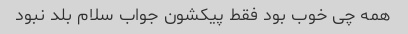
همه چی خوب بود فقط پیکشون جواب سلام بلد نبود